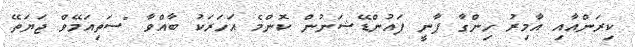
ކިރަންއާއި އާމިރު ހިންގާ ޕާނީ ފައުންޑޭޝަނުން ކޮންމެ އަހަރަކު ބާއްވާ "ސަތިއަމޭވް ޖަޔަތޭ